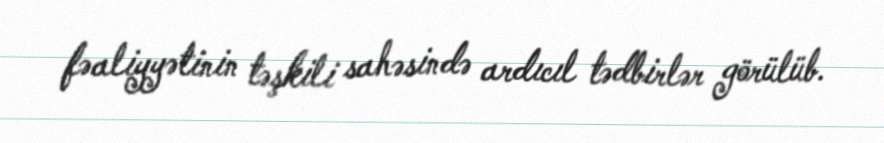
fəaliyyətinin təşkili sahəsində ardıcıl tədbirlər görülüb.